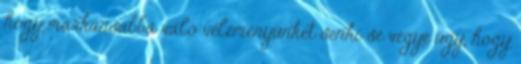
hogy markánsabbá váló véleményünket senki se vegye úgy, hogy